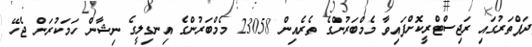
ދަފްތަރުގައި ރަޖިސްޓްރީކޮށްފައިވާ މެމްބަރުންގެ ތެރެއިން 23058 މެމްބަރުންގެ އިނގިލީގެ ނިޝާން ހަމަކުރަން ޖެހޭ